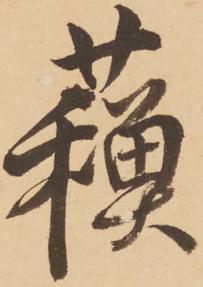
蘓